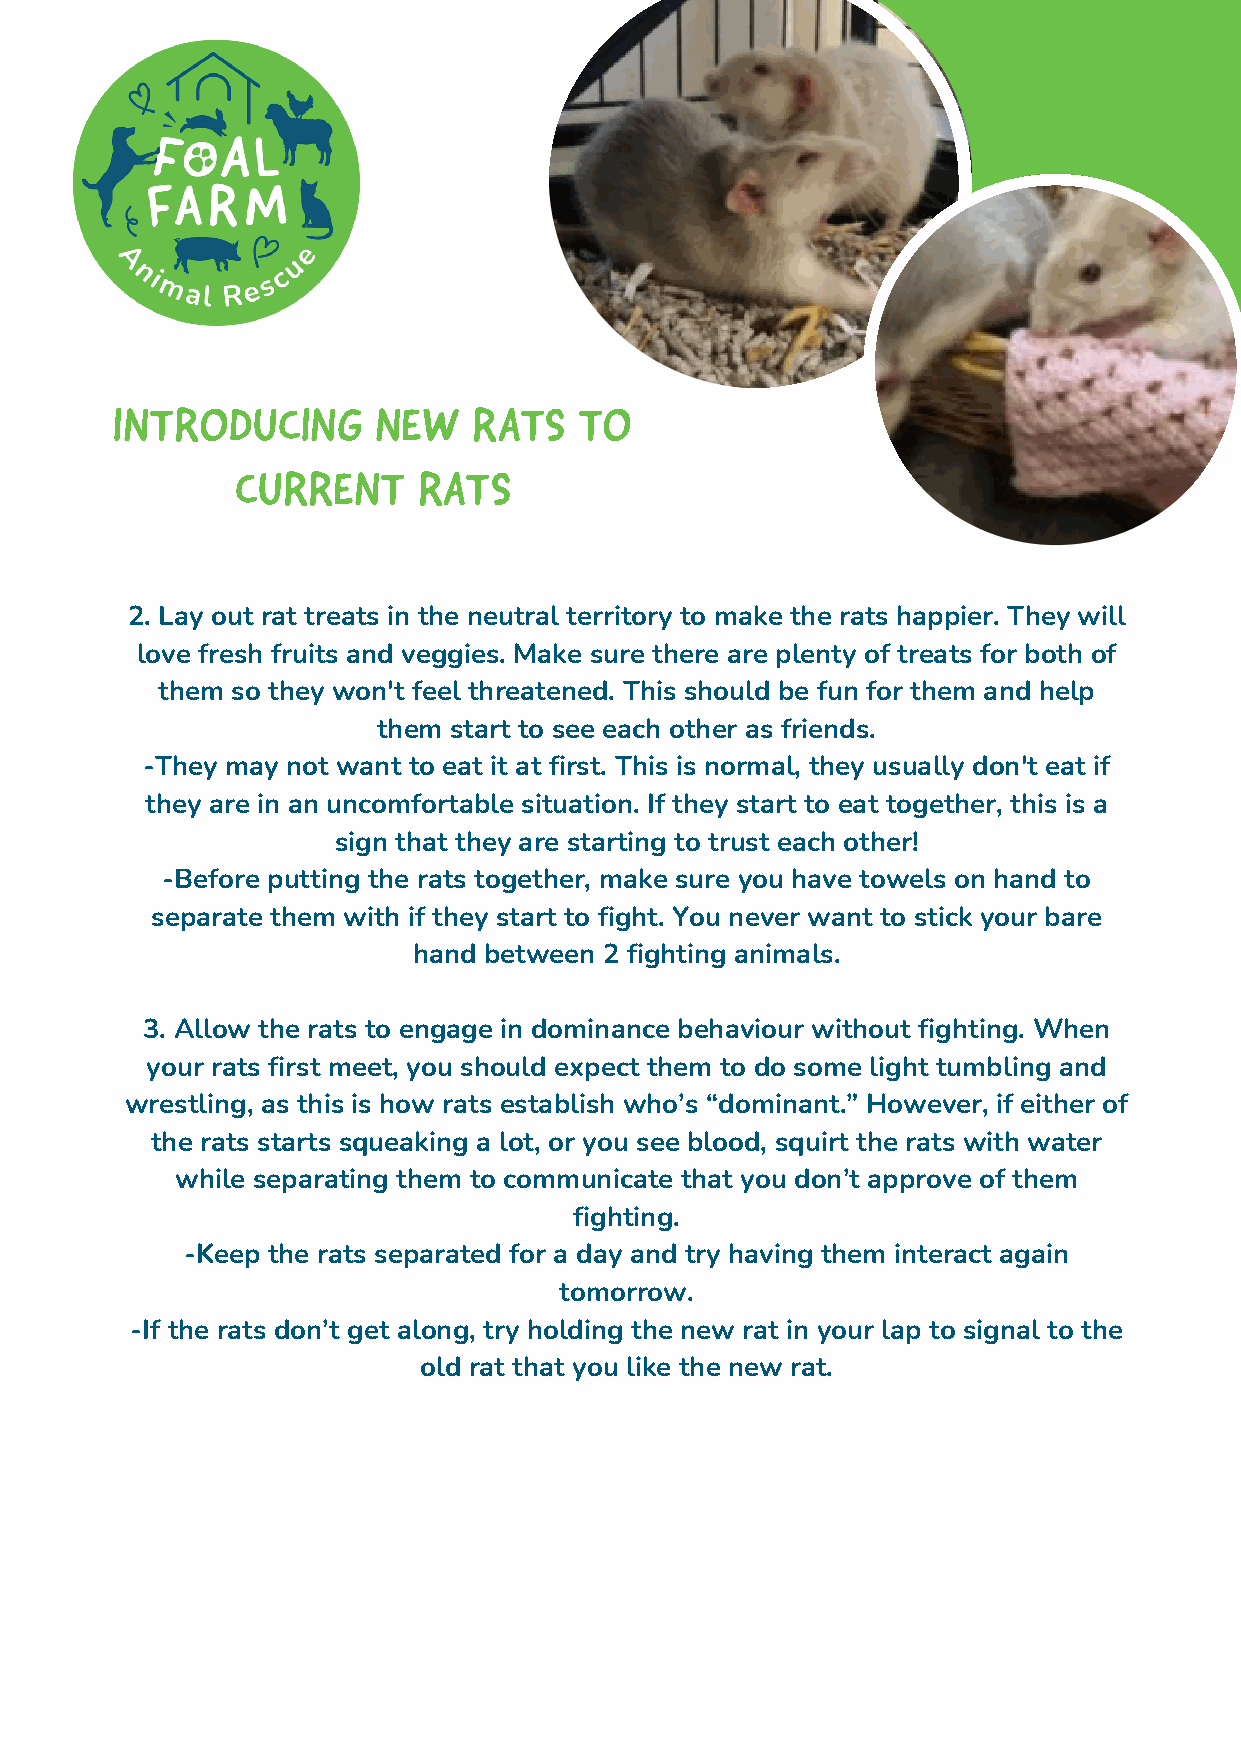
INTRODUCING       NEW   RATS   TO
 CURRENT     RATS
 2. Lay out rat treats in the neutral territory to make the rats happier. They will
 love fresh fruits and veggies. Make sure there are plenty of treats for both of
 them so they won't feel threatened. This should be fun for them and help
 them start to see each other as friends.
 -They may not want to eat it at first. This is normal, they usually don't eat if
 they are in an uncomfortable situation. If they start to eat together, this is a
 sign that they are starting to trust each other!
 -Before putting the rats together, make sure you have towels on hand to
 separate them with if they start to fight. You never want to stick your bare
 hand between 2 fighting animals.
 3. Allow the rats to engage in dominance behaviour without fighting. When
 All proceeds  directly
 your rats first meet, you should expect them to do some light tumbling and
 wrestling, as this is how rats establish who’s “domibneannte.”f iHto twheev earn, iifm eiathlse ra otf
 the rats starts squeaking a lot, or you see blood, squirt the rats with water
 Foal Farm  Animal
 while separating them to communicate that you don’t approve of them
 Rescue
 fighting.
 -Keep the rats separated for a day and try having them interact again
 tomorrow.
 -If the rats don’t get along, try holding the new rat in your lap to signal to the
 old rat that you like the new rat.